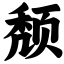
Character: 颓